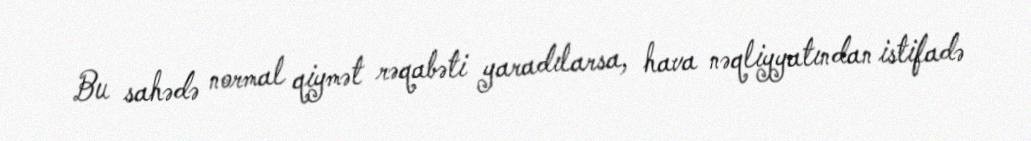
Bu sahədə normal qiymət rəqabəti yaradılarsa, hava nəqliyyatından istifadə